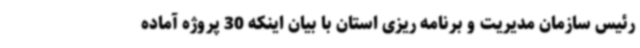
رئیس سازمان مدیریت و برنامه ریزی استان با بیان اینکه 30 پروژه آماده